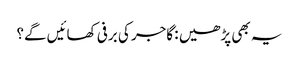
یہ بھی پڑھیں : گاجر کی برفی کھائیں گے؟